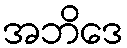
အဘိဒေ